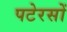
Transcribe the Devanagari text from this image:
पटेरसों